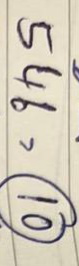
546 = (10)